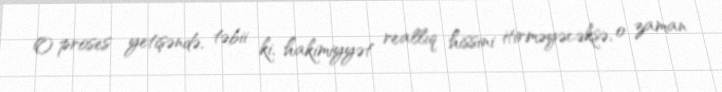
O proses yetişəndə, təbii ki, hakimiyyət reallıq hissini itirməyəcəksə, o zaman